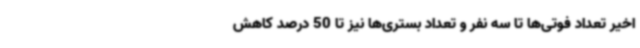
اخیر تعداد فوتی‌ها تا سه نفر و تعداد بستری‌ها نیز تا 50 درصد کاهش